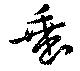
垂